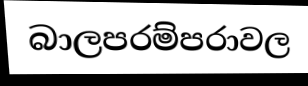
බාලපරම්පරාවල